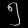
Digit: ၅